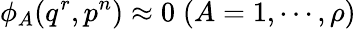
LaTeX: \phi_{A}(q^{r},p^{n})\approx 0\; (A=1,\cdots,\rho)